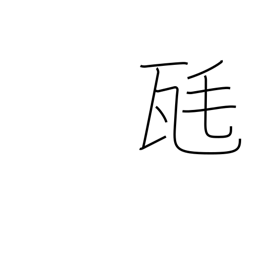
Meaning: milligram